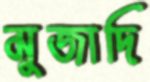
মুজাদি